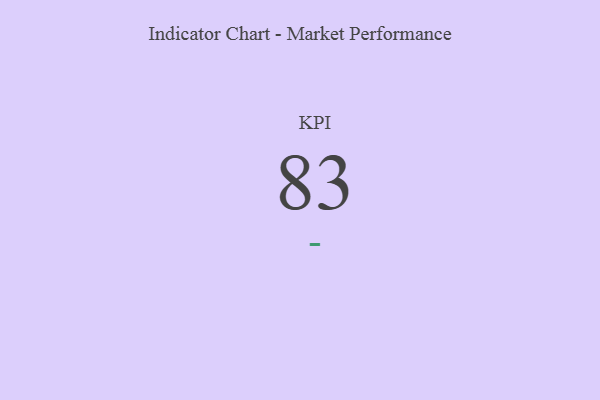
{"axis": {"x": "KPI", "y": "Value"}, "legend": [""], "data": [{"x": "KPI", "y": 83, "type": ""}]}